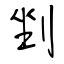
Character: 剉